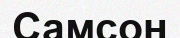
Самсон